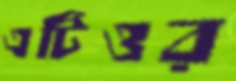
এটিওর